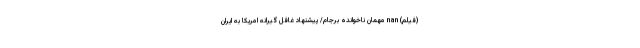
(فیلم) nan مهمان ناخوانده برجام/ پیشنهاد غافل گیرانه امریکا به ایران